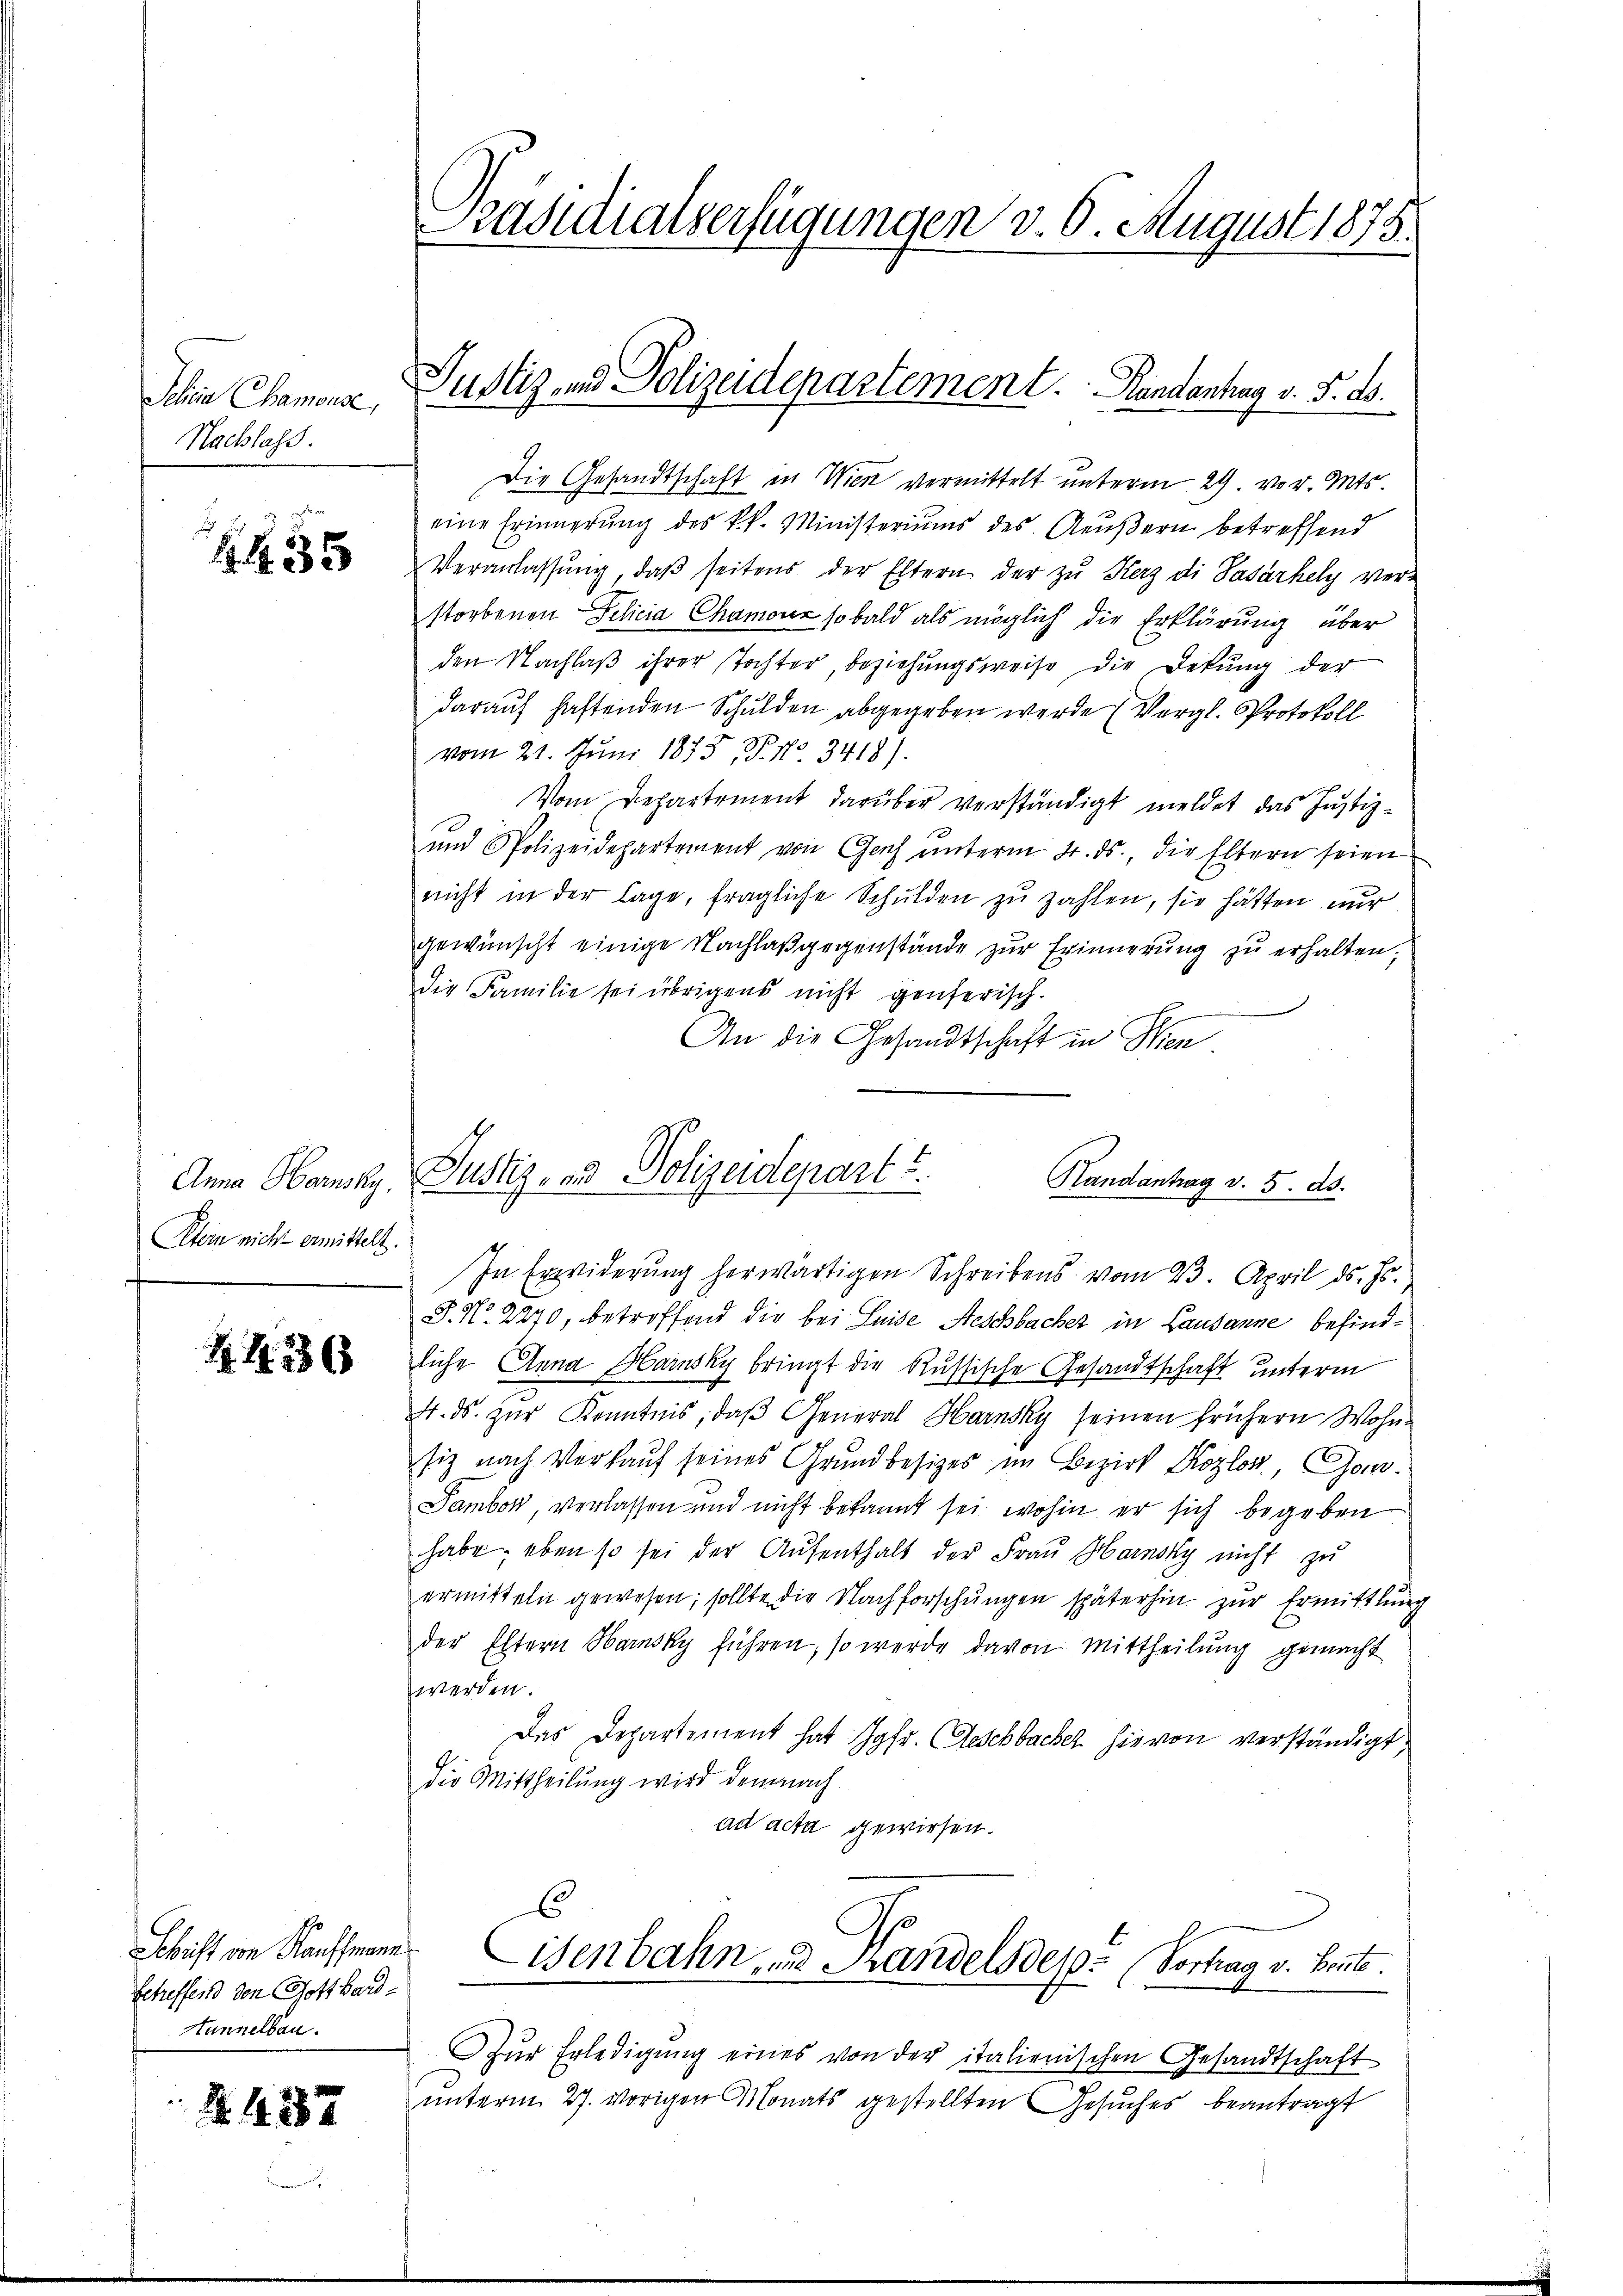
Schen Chamonse,
Nachlass.

235

436

Schrift von Nachmann
Scheffend den Gotthard-
Hannelbau.

N. 1387

Stern nicht ermittelt.

räsidialserfügungen v. 6. August 1875.

Justiz- und Polizeidepartement. Handantrag v. J. A.

Die Gesandtschaft in Wien vermittelt unterm 29. vor. Mts.
eine Erinnerung des k.k. Ministeriums des Aeußern betreffend
Veranlassŭng, daβ seitens der Eltern der zu Herz di Pasarhely ver-
storbenen Felicia Chamonz so bald als möglich die Erklärung über
den Nachlaß ihrer Tochter, beziehungsweise die Dekung der
darauf haftenden Schulden abgegeben werde (Vergl. Protokoll
vom 21. Juni 1873, P. Nr. 3418).
Vom Departement darüber verständigt meldet, das Justiz¬
und Polizeidepartement von Genf unterm 4. ds., die Eltern seien
nicht in der Lage, fragliche Schulden zu zahlen, sie hätten nur
gewünscht einige Nachlaβ gegenstände zŭr Erinnerung zŭ erhalten;
Die Familie sei übrigens nicht genferisch.
An die Gesandtschaft in Wien
In Erwiderung herwärtigen Schreibens vom 23. April ds. Js.
P. Nr. 2270, betroffend die bei Leide Aeschbacher in Lausanne befindliche Anna Harusky bringt die Russische Gesandtschaft unterm
4. ds. zŭr Kenntnis, daβ General Harnsky seinen frühern Wohn-
siz nach Verkauf seines Grundbesizes im Bezirk Kozlon. Gou¬
Tambok, verlassen und nicht bekannt sei, wohin er sich begeben
habe, eben so sei der Aufenthalt der Frau Harnsky nicht zu
ermitteln gewesen; sollte die Nachforschŭngen späterhin zŭr Ermittlung
der Eltern Harnsky führen, so werde davon Mittheilung gemacht
werden.
Das Departement hat Jgfr. Geschbacher hievon verständigt,
Die Mittheilung wird demnach
ad acta gewiesen.
6
Eisenbahn, und Handels des Vortrag v. Heute.
Zur Erledigung eines von der italienischen Gesandtschaft
unterm 27. vorigen Monats gestellten Gesuches beantragt

Anna Hansky, Justiz- und Polizeidepart u.
Handantrag v. 5. ds.